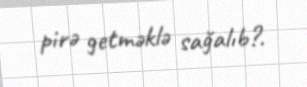
pirə getməklə sağalıb?.